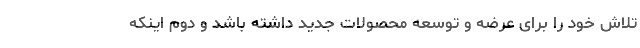
تلاش خود را برای عرضه و توسعه محصولات جدید داشته باشد و دوم اینکه